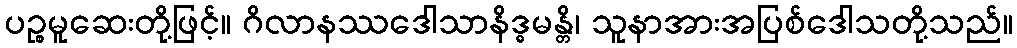
ပဉ္စမူဆေးတို့ဖြင့်။ ဂိလာနဿဒေါသာနိဒ္ဓမန္တိ၊ သူနာအားအပြစ်ဒေါသတို့သည်။